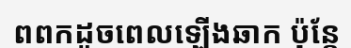
ពពកដូចពេលឡើងឆាក ប៉ុន្តែ